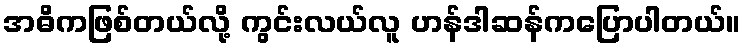
အဓိကဖြစ်တယ်လို့ ကွင်းလယ်လူ ဟန်ဒါဆန်ကပြောပါတယ်။